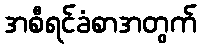
အစီရင်ခံစာအတွက်